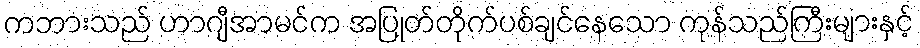
ကဘားသည် ဟာဂျီအာမင်က အပြုတ်တိုက်ပစ်ချင်နေသော ကုန်သည်ကြီးများနှင့်